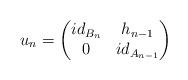
LaTeX: \begin{align*} u_n=\begin{pmatrix} id_{B_n} & h_{n-1}\\ 0 & id_{A_{n-1}} \end{pmatrix} \end{align*}